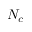
N _ { c }